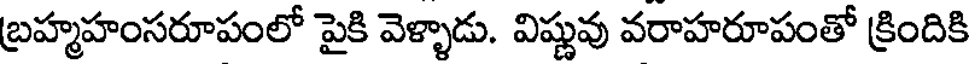
బ్రహ్మహంసరూపంలో పైకి వెళ్ళాడు. విష్ణువు వరాహరూపంతో క్రిందికి